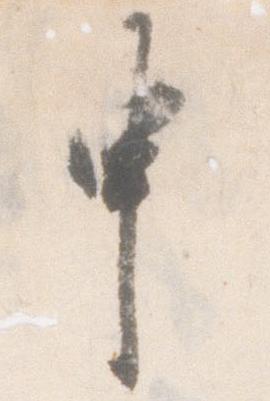
申